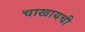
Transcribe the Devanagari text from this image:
चाखायची